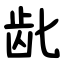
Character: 龀